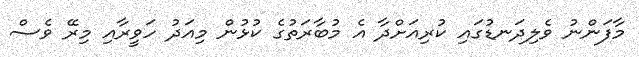
މާފަންނު ވެލިދަނޑުގައި ކުރިއަށްދާ އެ މުބާރަތުގެ ކުޅުން މިއަދު ހަވީރާއި މިރޭ ވެސް